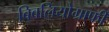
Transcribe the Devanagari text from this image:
बिबलियोग्राफी